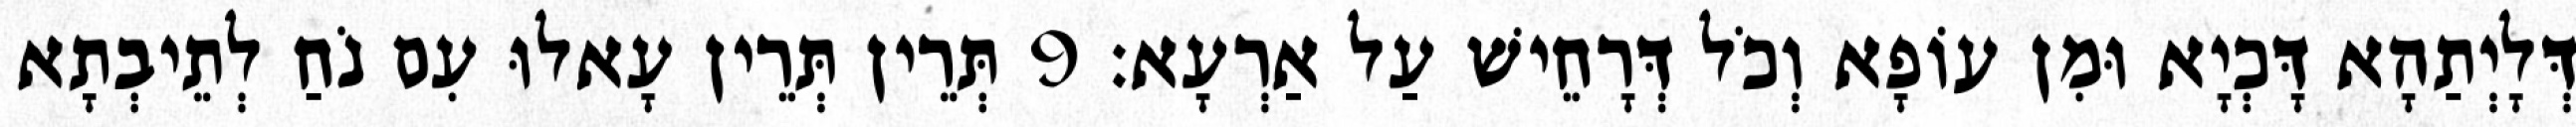
דְּלָיְתַהָא דָּכְיָא וּמִן עוֹפָא וְכֹל דְּרָחֵישׁ עַל אַרְעָא׃ 9 תְּרֵין תְּרֵין עָאלוּ עִם נֹחַ לְתֵיבְתָא